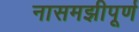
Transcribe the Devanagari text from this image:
नासमझीपूर्ण